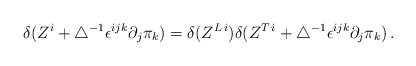
\begin{align*}\delta(Z^i+\bigtriangleup^{-1}\epsilon^{ijk}\partial_j \pi_k) =\delta(Z^{L\,i})\delta(Z^{T\,i}+\bigtriangleup^{-1}\epsilon^{ijk}\partial_j\pi_k)\,.\end{align*}